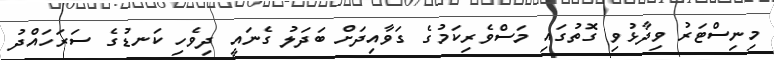
މިނިސްޓަރު ވިދާޅުވި ގޮތުގައި މަސްވެރިކަމުގެ ގަވާއިދަށް ބަދަލު ގެނައީ ދިވެހި ކަނޑުގެ ސަރަހައްދު